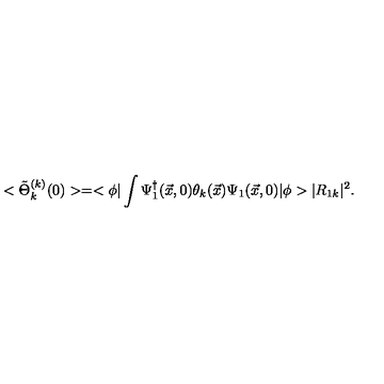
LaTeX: < \tilde { \Theta } _ { k } ^ { ( k ) } ( 0 ) > = < \phi | \int \Psi _ { 1 } ^ { \dagger } ( \vec { x } , 0 ) \theta _ { k } ( \vec { x } ) \Psi _ { 1 } ( \vec { x } , 0 ) | \phi > | R _ { 1 k } | ^ { 2 } .